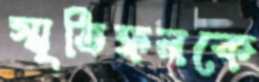
স্মৃতিফলকে